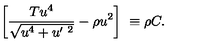
\left[ \frac { T u ^ { 4 } } { \sqrt { u ^ { 4 } + u ^ { \prime \ 2 } } } - \rho u ^ { 2 } \right] \ \equiv \rho C .